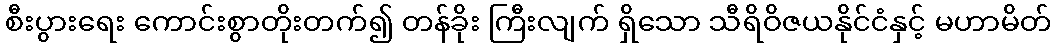
စီးပွားရေး ကောင်းစွာတိုးတက်၍ တန်ခိုး ကြီးလျက် ရှိသော သီရိဝိဇယနိုင်ငံနှင့် မဟာမိတ်